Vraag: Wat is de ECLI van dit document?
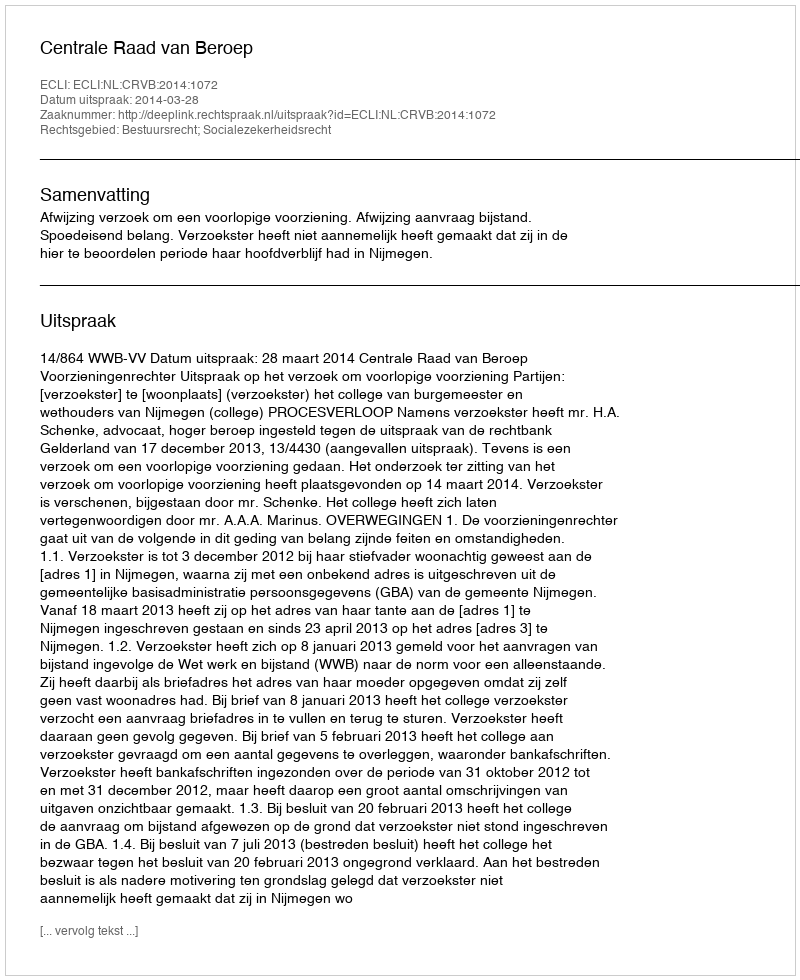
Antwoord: ECLI:NL:CRVB:2014:1072